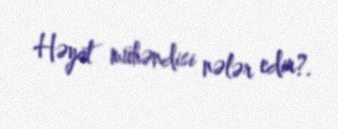
Həyat mühəndisi nələr edir?.